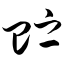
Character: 贮